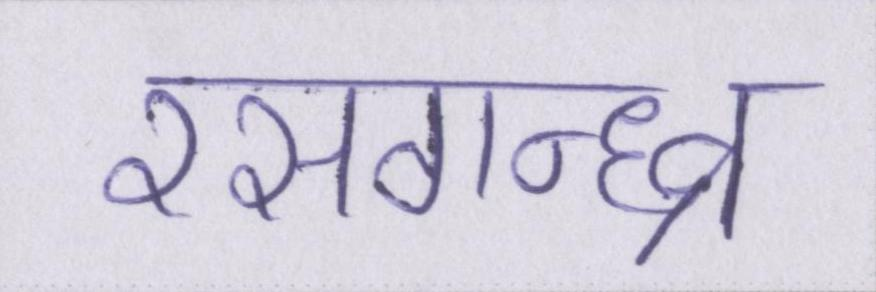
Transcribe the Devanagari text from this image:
रसगन्ध्र्व